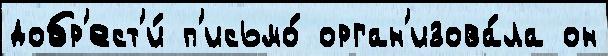
добр'ест'и́ п'исьмо́ орган'изова́ла он